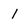
Character: l